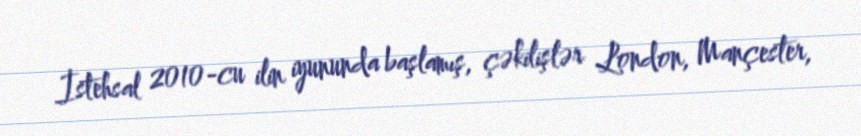
İstehsal 2010-cu ilin iyununda başlamış, çəkilişlər London, Mançester,